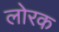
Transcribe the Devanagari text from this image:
लोरक